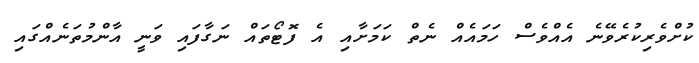
ކުށްވެރިކުރެވޭނެ އެއްވެސް ހަމައެއް ނެތް ކަމަށާއި އެ ފޮޓޯތައް ނަގާފައި ވަނީ އާންމުތަނެއްގައި